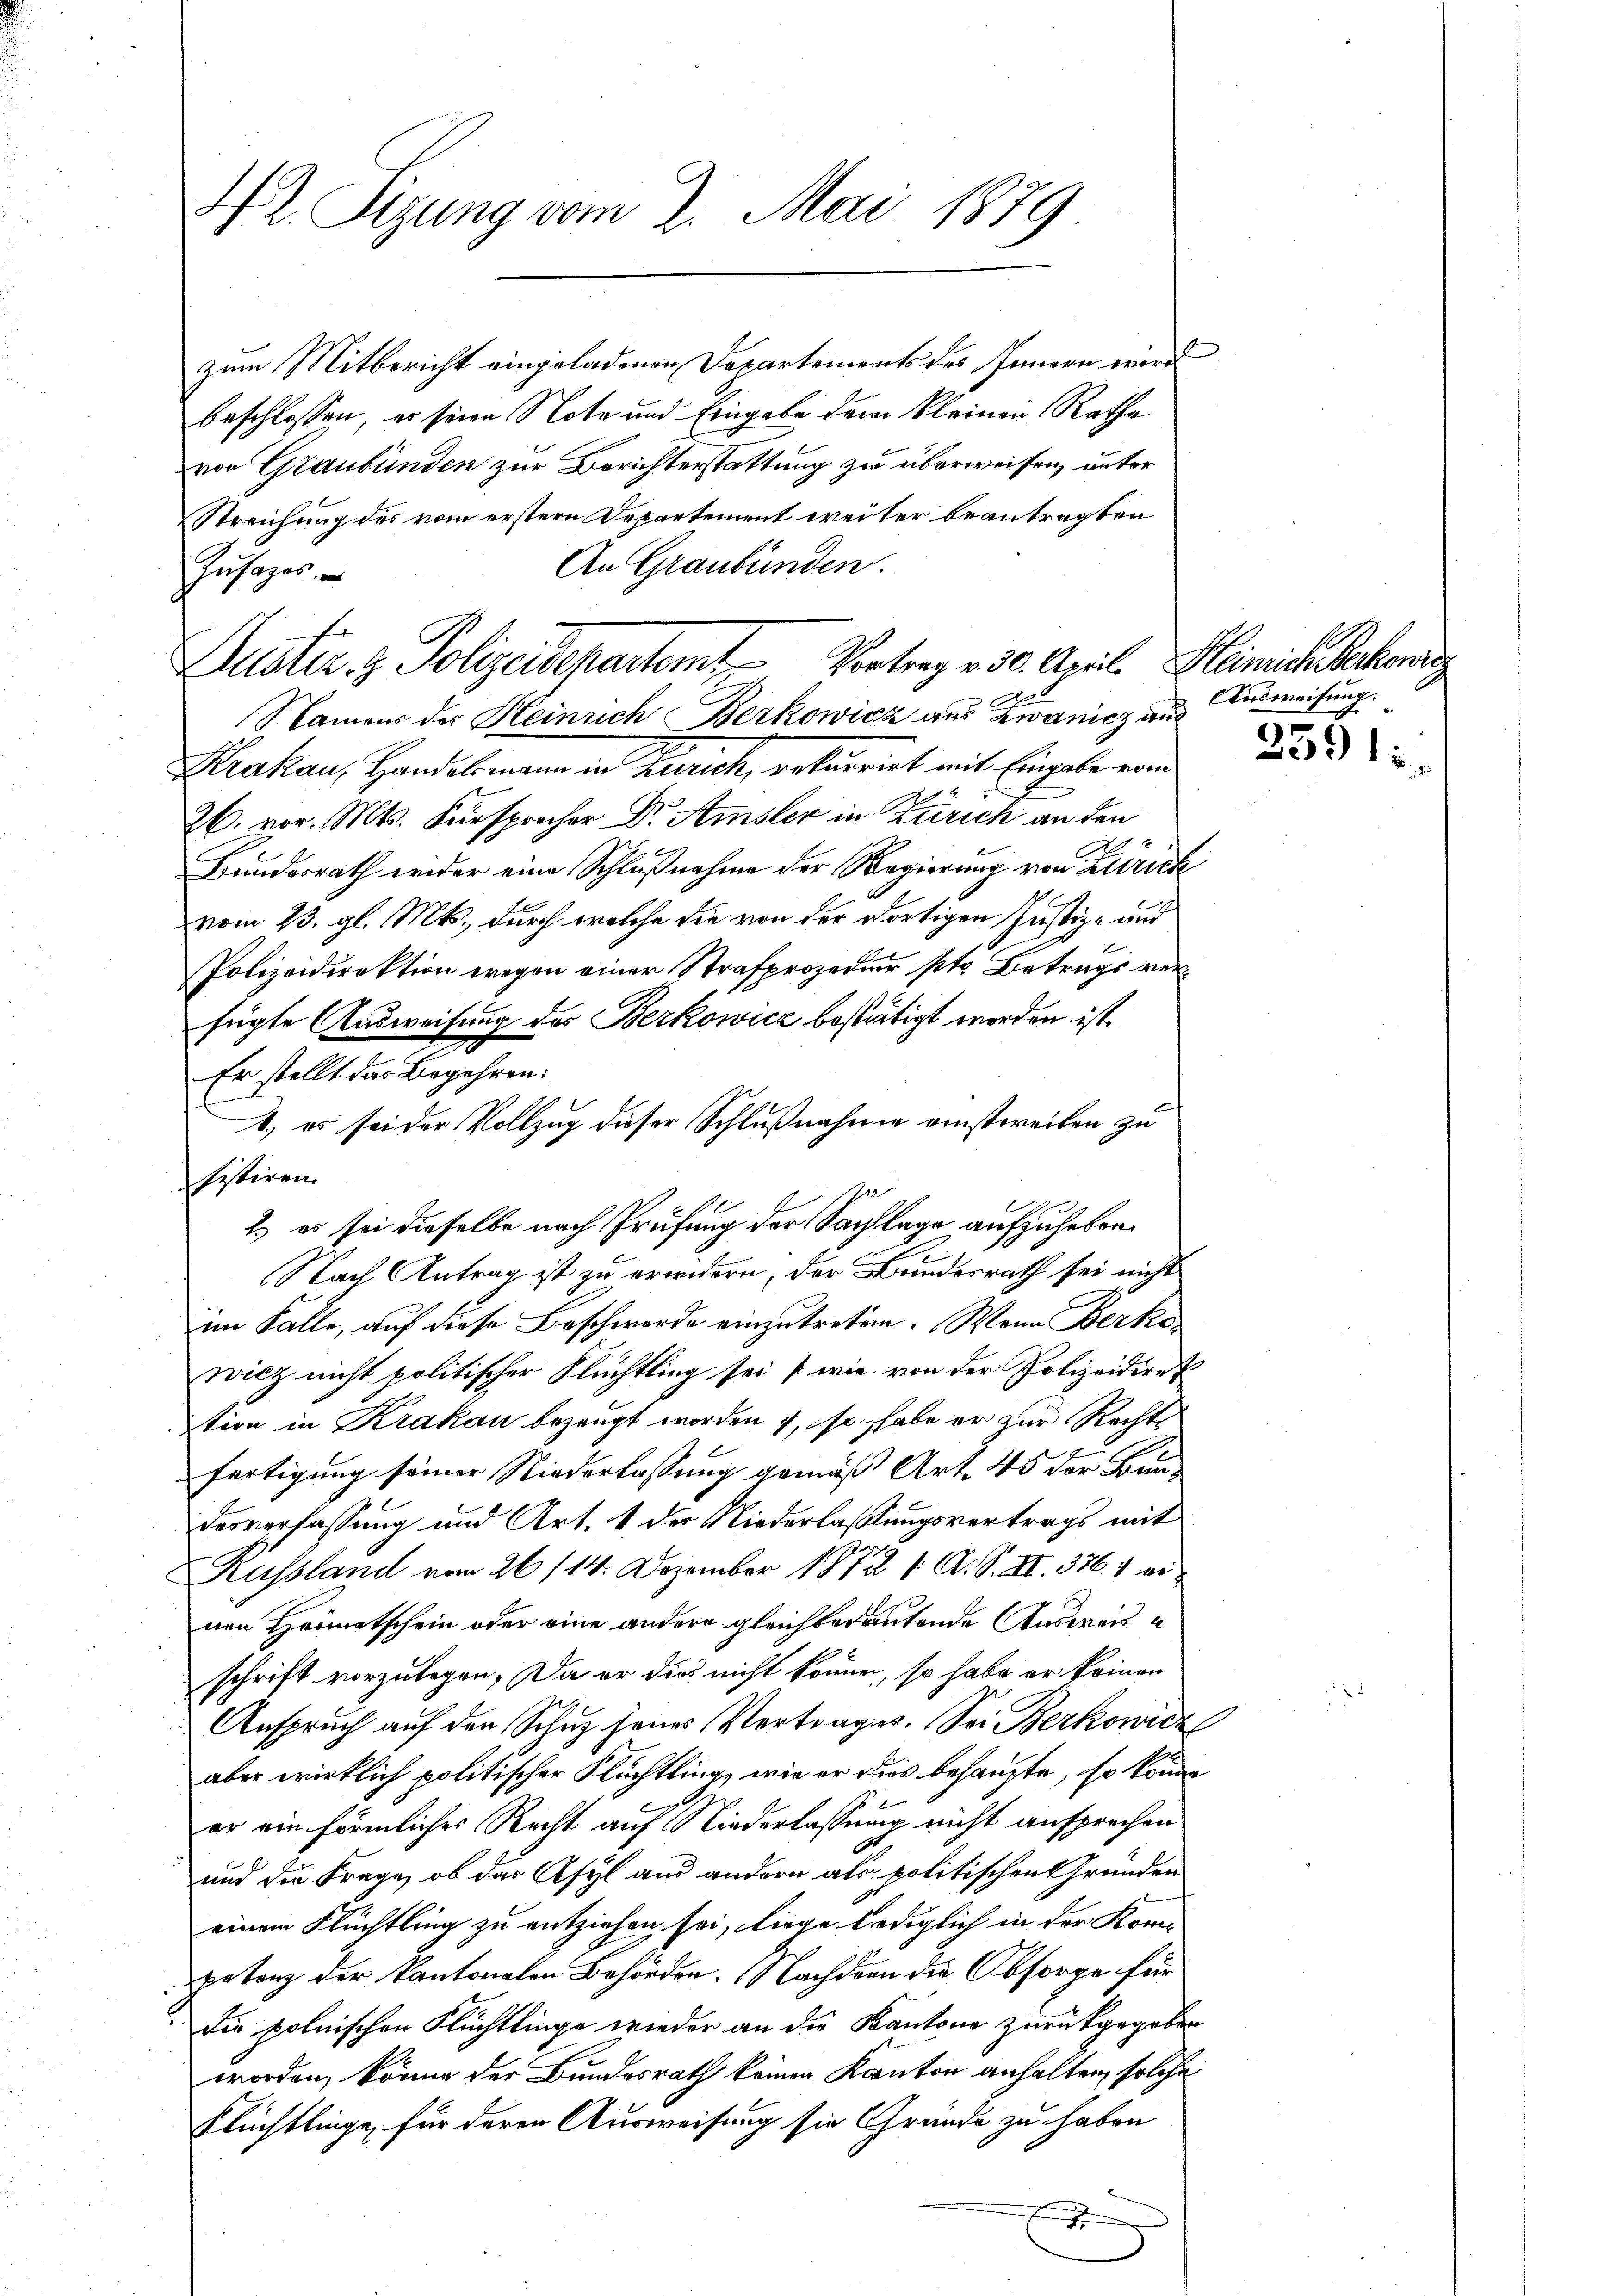
42. Sizung vom 2. Mai 1889

Kuster z. Polizeidepartemt Vortrage 30. April. Remich Becken

zum Mitbericht eingeladenen Departements des Innern wird
beschlossen, er seien Note und Eingabe dem kleinen Rathe
von Graubünden zur Berichterstattung zu überweisen, unter
Streichung des vom erstern Departement weiter beantragten
An Graubünden.
Zŭsazes.
Namens der Heinrich Berkowicz aus Zwanicz aus
Krakau, Handelsmann in Zürich, rekurrirt mit Eingabe vom
26. vor. Mts. Fürsprecher Dr. Amsler in Zürich an den
Bundesrath weder eine Schlußnahme der Regierung von Zürich
vom 23. gl. Mts., durch welche die von der dortigen Justiz- und
Polizeidirektion wegen einer Strafprozedur st. Betrugs verfügte Ausweisung des Berkowicz bestätigt worden ist.
Er stellt das Begehren:
1., es sei der Vollzug dieser Schlußnahme einstweilen zu
histiren.
2.) es sei dieselbe nach Prüfung der Sachlage aufzuheben.
Nach Antrag ist zu erwidern, der Bundesrath sei nicht
im Falle, auf diese Beschwerde einzutreten. Wenn Berko
wicz nicht politischer Flüchtling sei wie von der Polizeidirek
tion in Krakau bezeugt worden , so habe er zur Rechts
fertigung seiner Niederlassung gemäß Art. 45 der Bau-
desverfassung und Art. 1 der Niederlaßungsvertrags mit
Russland vom 26/14. Dezember 1872 /: A. S. II. 376. 1 einen Heimatschein oder eine andere gleichbedeutende Ausweise
schrift vorzulegen. Da er dies nicht können, so habe er keinen
Anspruch auf den Schuz jenes Vertrages. Sei Berkowicz
aber wirklich politischer Flüchtling, wie er dies behaupte, so könne
er ein förmliches Recht auf Niederlassung nicht ansprochen
und die Frage, ob das Asyl aus andern als politischen Gründen
einem Flüchtling zu entziehen sei, liege lediglich in der Kompetenz der Kantonalen Behörden. Nachdem die Absorge für
Die polnischen Flüchtlinge wieder an die Kantone zurückgegeben
worden, könne der Bundesrath keinen Kanton anhalten, solche
Flüchtlinge, für deren Ausweisung sie Gründe zu haben
.

Ausweisung.

2591: